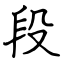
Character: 段